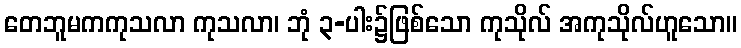
တေဘူမကကုသလာ ကုသလာ၊ ဘုံ ၃-ပါး၌ဖြစ်သော ကုသိုလ် အကုသိုလ်ဟူသော။